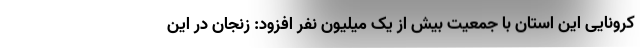
کرونایی این استان با جمعیت بیش از یک میلیون نفر افزود: زنجان در این